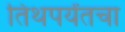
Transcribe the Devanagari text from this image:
तिथपर्यंतचा